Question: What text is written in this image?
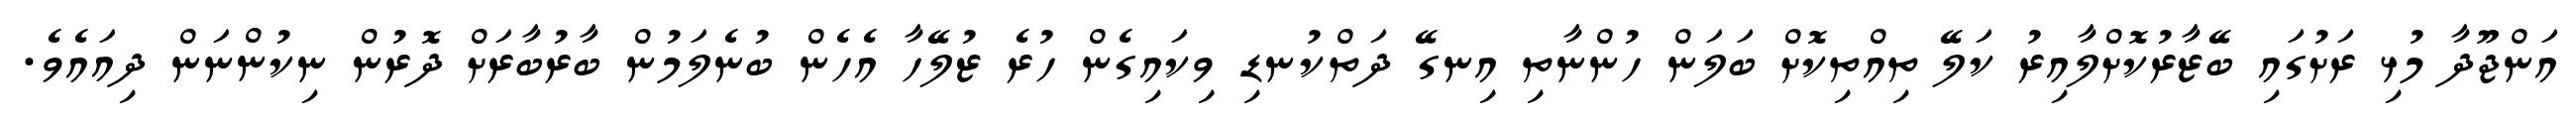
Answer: އަންޖޫދާ މުޅި ރަށުގައި ބޭޒާރުކޮށްލާއިރު ކަލޭ ތިއްތިކޮށް ބަލަން ހުންނާތި އިނގޭ ދަތްކުނޑި ވިކައިގެން ހުރެ ޒުލޭހާ އެހެން ބުނެލަމުން ބާރުބާރަށް ދޮރުން ނިކުންނަން ދިއައެވެ.